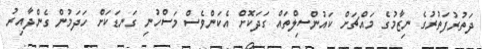
ދަތުރުފަތުރުގެ ނިޒާމުގެ މައްޗަށް ކައުންސިލްތައް ގަދަކޮށް އެކަންވެސް މަސްހުނި ގަނޑަކަށް ހަދަމުން ގެންދާއިރު